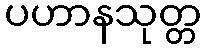
ပဟာနသုတ္တ